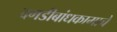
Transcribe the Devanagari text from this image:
दगडीबांधकामाचे